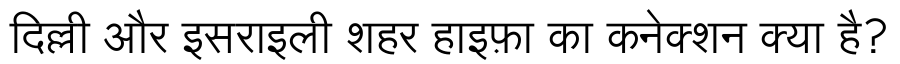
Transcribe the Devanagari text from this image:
दिल्ली और इसराइली शहर हाइफ़ा का कनेक्शन क्या है?